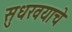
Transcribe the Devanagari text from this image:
सुधरवयाचे